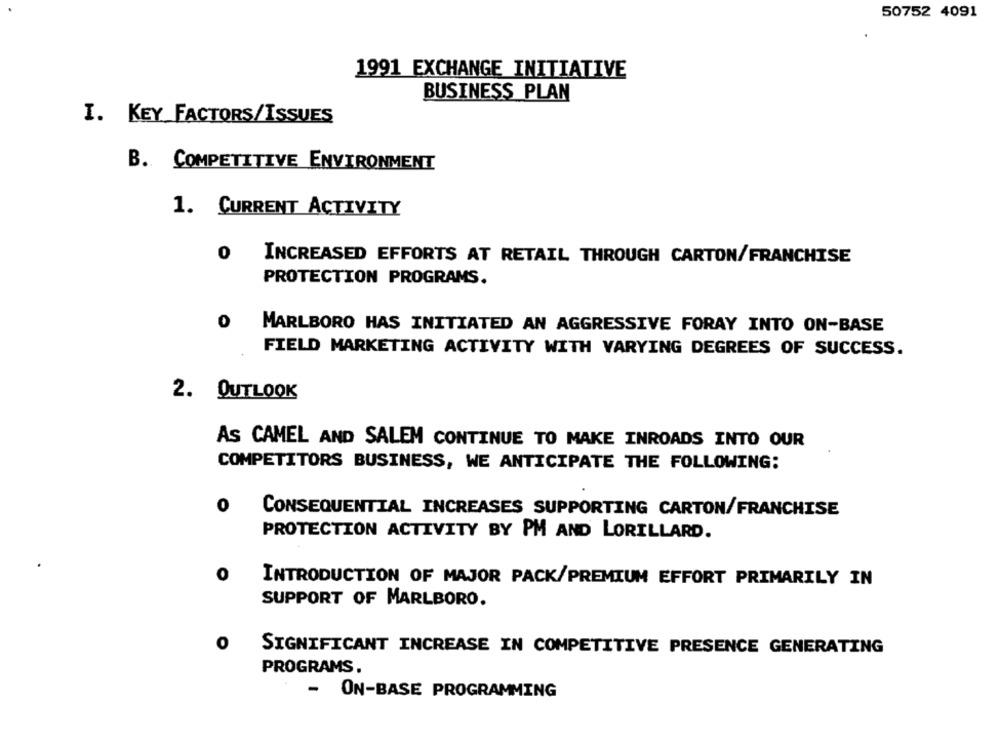
50752 4091
1991 EXCHANGE INITIATIVE
BUSINESS PLAN
I. KEY FACTORS/ISSUES
B. COMPETITIVE ENVIRONMENT
1. CURRENT ACTIVITY
0
INCREASED EFFORTS AT RETAIL THROUGH CARTON/FRANCHISE
PROTECTION PROGRAMS.
0
MARLBORO HAS INITIATED AN AGGRESSIVE FORAY INTO ON-BASE
FIELD MARKETING ACTIVITY WITH VARYING DEGREES OF SUCCESS.
2. OUTLOOK
AS CAMEL AND SALEM CONTINUE TO MAKE INROADS INTO OUR
COMPETITORS BUSINESS, WE ANTICIPATE THE FOLLOWING:
0
CONSEQUENTIAL INCREASES SUPPORTING CARTON/FRANCHISE
PROTECTION ACTIVITY BY PM AND LORILLARD.
0
INTRODUCTION OF MAJOR PACK/PREMIUM EFFORT PRIMARILY IN
SUPPORT OF MARLBORO.
SIGNIFICANT INCREASE IN COMPETITIVE PRESENCE GENERATING
PROGRAMS.
-
ON-BASE PROGRAMMING